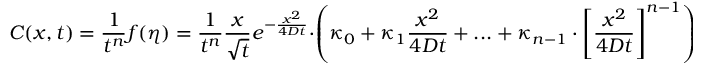
C ( x , t ) = \frac { 1 } { t ^ { n } } f ( \eta ) = \frac { 1 } { t ^ { n } } \frac { x } { \sqrt { t } } e ^ { - \frac { x ^ { 2 } } { 4 D t } } \cdot \left( \kappa _ { 0 } + \kappa _ { 1 } \frac { x ^ { 2 } } { 4 D t } + . . . + \kappa _ { n - 1 } \cdot \left[ \frac { x ^ { 2 } } { 4 D t } \right] ^ { n - 1 } \right) .